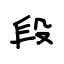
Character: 段